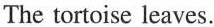
The tortoise leaves.